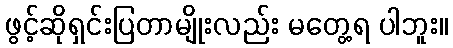
ဖွင့်ဆိုရှင်းပြတာမျိုးလည်း မတွေ့ရ ပါဘူး။